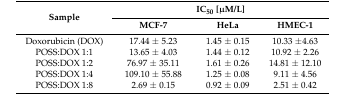
<table><thead><tr><td rowspan="2"><b>Sample</b></td><td colspan="3"><b>IC<sub>50</sub> [μM/L]</b></td></tr><tr><td><b>MCF-7</b></td><td><b>HeLa</b></td><td><b>HMEC-1</b></td></tr></thead><tbody><tr><td>Doxorubicin (DOX)</td><td>17.44 ± 5.23</td><td>1.45 ± 0.15</td><td>10.33 ±4.63</td></tr><tr><td>POSS:DOX 1:1</td><td>13.65 ± 4.03</td><td>1.44 ± 0.12</td><td>10.92 ± 2.26</td></tr><tr><td>POSS:DOX 1:2</td><td>76.97 ± 35.11</td><td>1.61 ± 0.26</td><td>14.81 ± 12.10</td></tr><tr><td>POSS:DOX 1:4</td><td>109.10 ± 55.88</td><td>1.25 ± 0.08</td><td>9.11 ± 4.56</td></tr><tr><td>POSS:DOX 1:8</td><td>2.69 ± 0.15</td><td>0.92 ± 0.09</td><td>2.51 ± 0.42</td></tr></tbody></table>